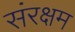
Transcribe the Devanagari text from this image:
संरक्षम